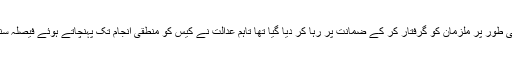
ابتدائی طور پر ملزمان کو گرفتار کر کے ضمانت پر رہا کر دیا گیا تھا تاہم عدالت نے کیس کو منطقی انجام تک پہنچاتے ہوئے فیصلہ سنا دیا۔